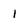
Character: 1